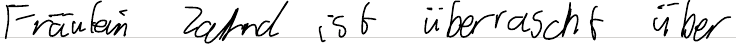
Fräulein Zahnd ist überrascht über